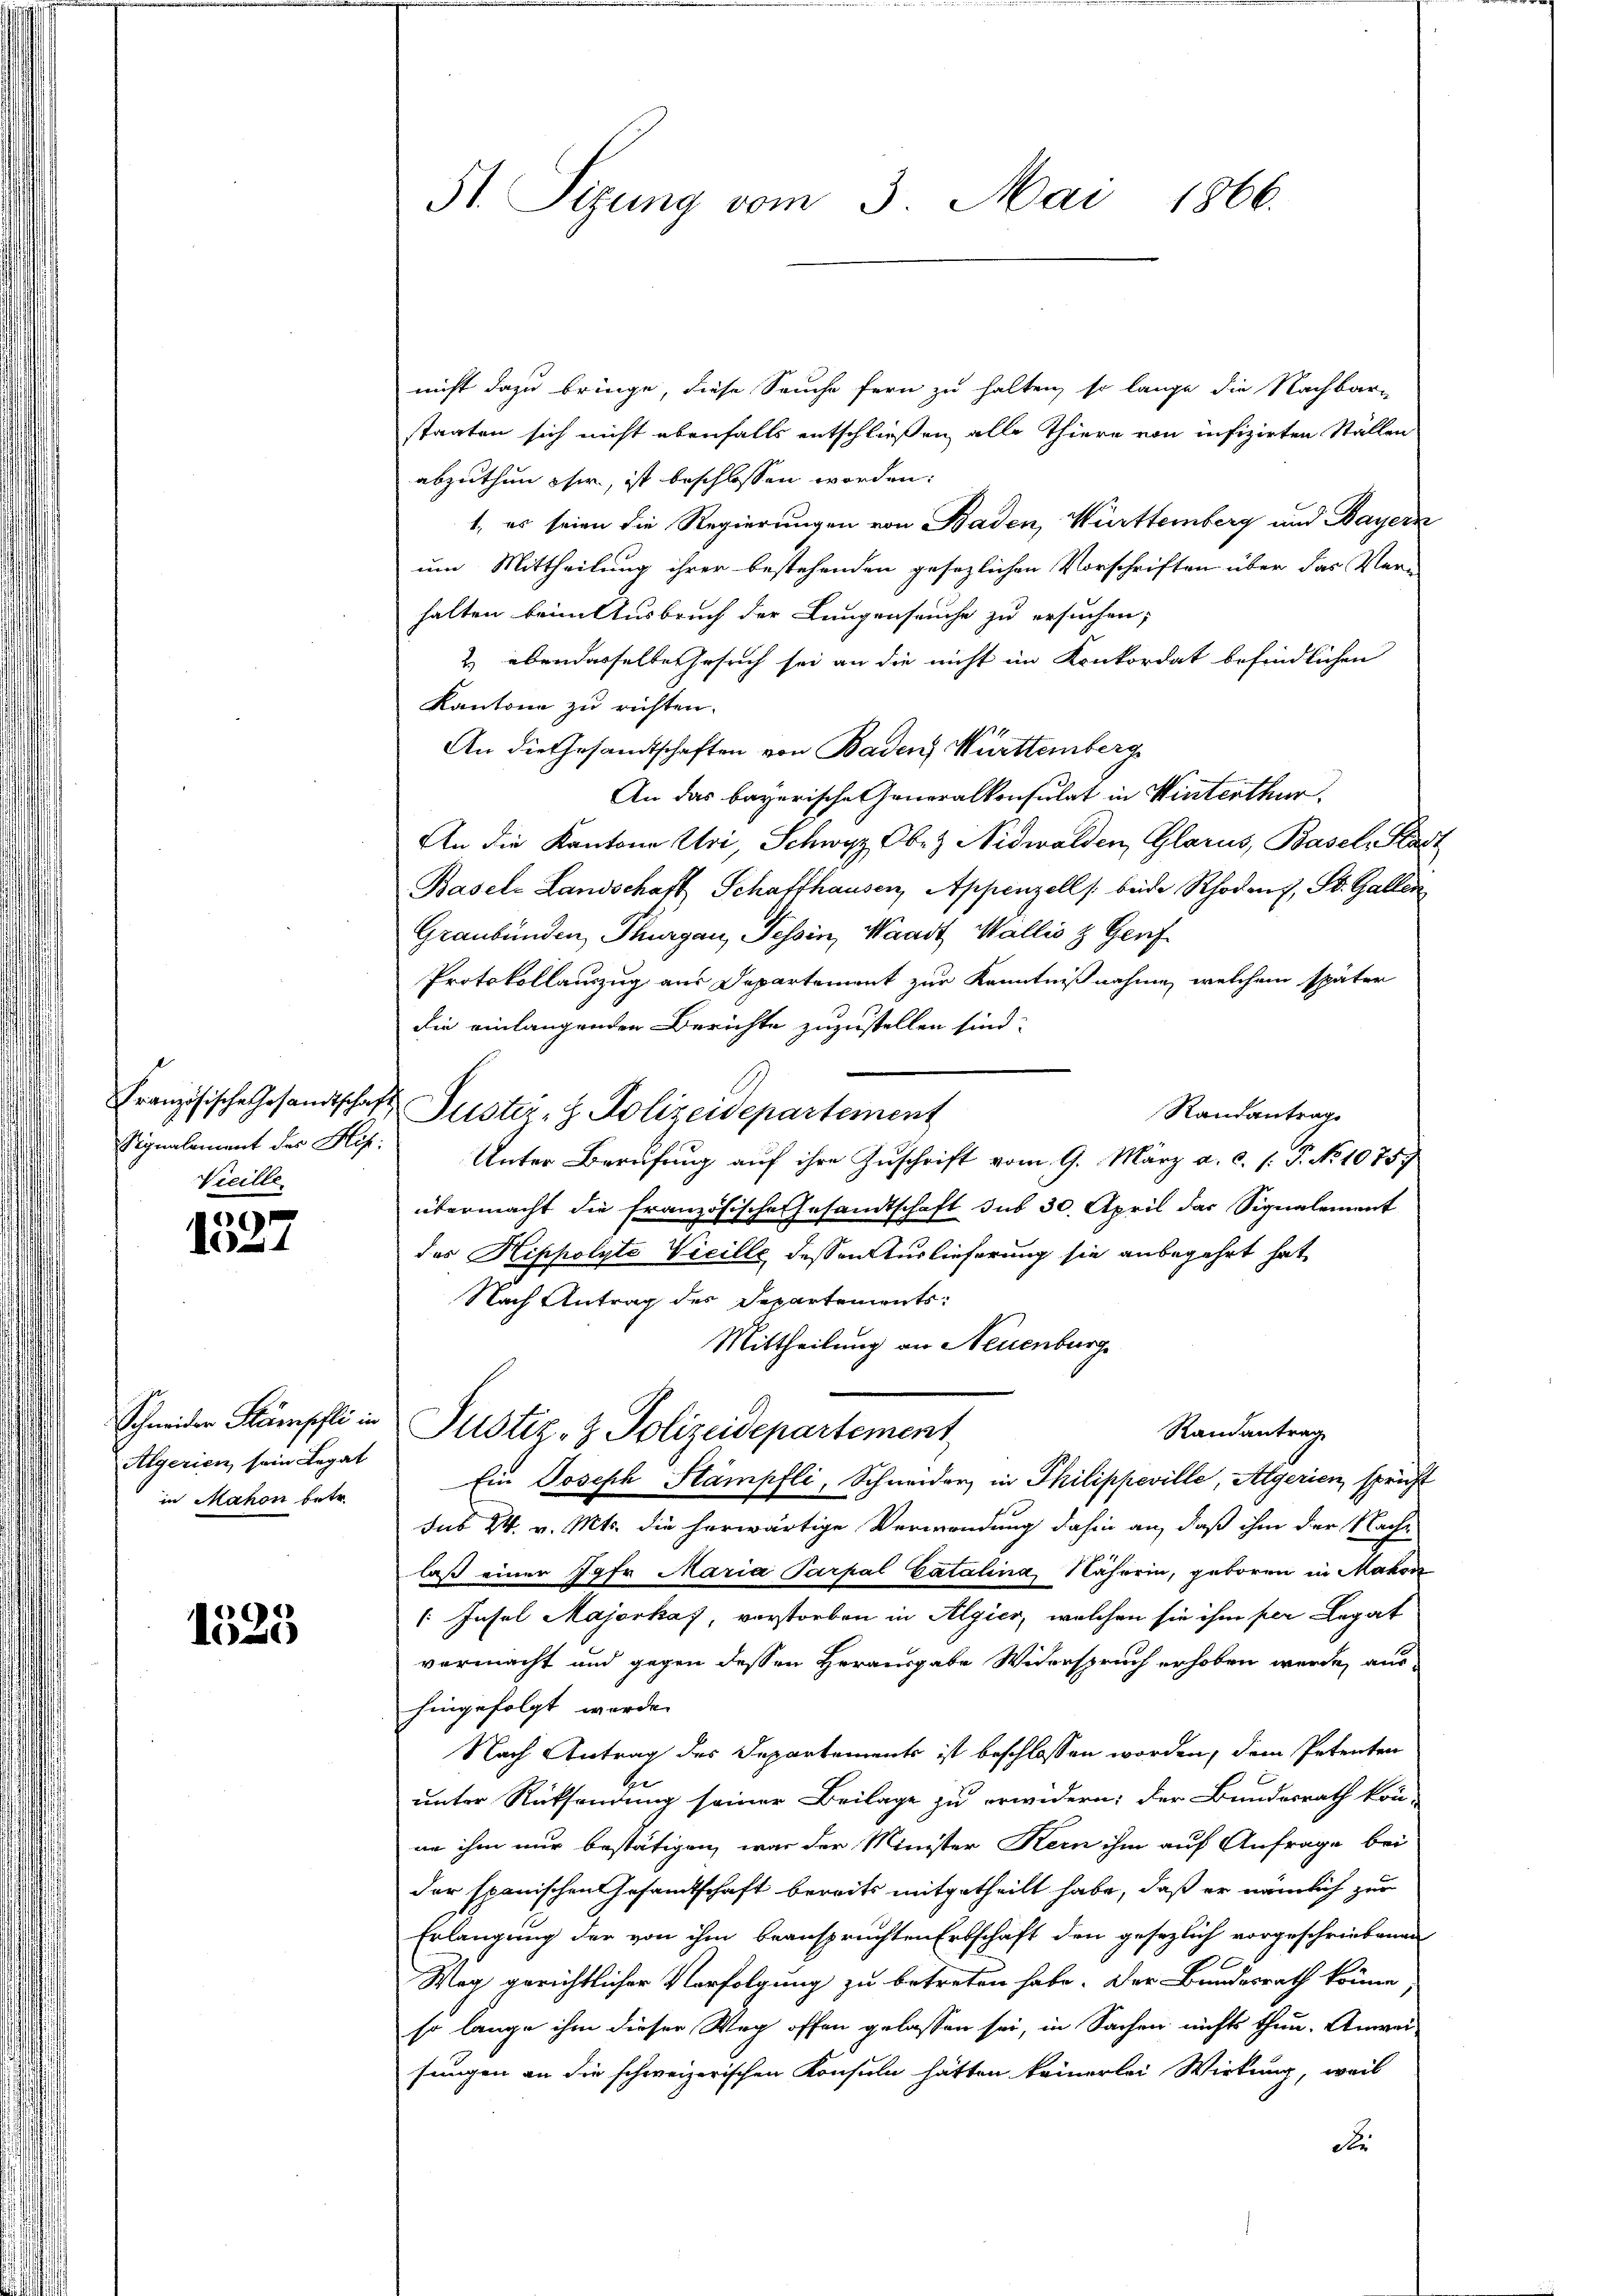
s
Vicille

e
A

Algerien sein Legat
in Mahon betr.

)
1023

St. Sizung vom 3. Mai 1866.

nicht dazu bringe, diese Seuche fern zu halten, so lange die Nachbar-
staaten sich nicht ebenfalls entschließen alle Thiere von infizirten Ställen
abzuthun her, ist beschlossen worden:
1, es seien die Regierungen von Baden, Württemberg und Bayern
um Mittheilung ihrer bestehenden gesezlichen Vorschriften über das Ver-
halten beim Ausbruch der Lungenseuche zu ersuchen,
2) ebendasselbe Gesuch sei an die nicht im Konkordat befindlichen
Kantone zu richten.
11
An die Gesandtschaften von Baden, Württemberg
An das bayerische Generalkonsulat in Winterthur.
An die Kantone Uri, Schwyz, Ober Nidwalden, Glarus, Basel, Kar
Basels Landschaft Schaffhausen, Appenzell /: beide Rhodenz, St. Gallen
Graubünden, Thurgau, Tessin, Waadt, Wallis & Genf
Protokollauszug aus Departement zur Kenntnißnahme, welchem später
die einlangenden Berichte zuzustellen sind.
Französische Gesandtschaft Sustei- z. Polizeidepartement
Randantrage
Signalement des Hs. Unter Berufung auf ihre Zuschrift vom 9. März a. c. s. P. No 1075.
übermacht die französische Gesandtschaft sub 30. April das Signalement
des Hippolyte Vicille dessen Auslieferung sie anbegehrt hat,
Nach Antrag des Departements:
Mittheilung an Neuenburg
Schneider Stämpfli in Justiz- & Polizeidepartement
Randantrag
Ein Joseph Stämpfli, Schneider in Philippeville, Algerien, spricht
sub 24. v. Mts. die herwärtige Verwendung dahin an, daß ihm der Nachlaß einer 79fr. Maria Parpal Catalina, Näherin, geboren in Makon
 Insel Majorkas, verstorben in Algier, welchen sie ihm per Legat
vermacht und gegen dessen Herausgabe Widerspruch erhoben werde, aus
hingefolgt werde.
Nach Antrag des Departements ist beschlossen worden, dem Petenten
b
unter Rücksendung seiner Beilage zu erwidern; der Bundesrath kön-
an ihm nur bestätigen, was der Minister Kern ihm auf Anfrage bei
der spanischen Gesamtschaft bereits mitgetheilt habe, daß er nämlich zur
Erlangung der von ihm beanspruchten Erbschaft den gesezlich vorgeschriebenen
1
Weg gerichtlicher Verfolgung zu betreten habe. Der Bundesrath könne
so lange ihm dieser Weg offen gelassen sei, in Sachen nichts thun. Anwei-
sungen an die schweizerischen Konsuln hätten keinerlei Wirkung, weil
de